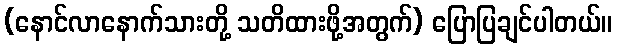
(နောင်လာနောက်သားတို့ သတိထားဖို့အတွက်) ပြောပြချင်ပါတယ်။